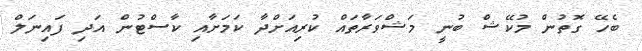
ބެހޭ ގޮތުން މުކޭޝް ބުނީ މަޝްވަރާތައް ކުރިއަށްދާ ކަމަށާއި ކާސްޓުން އަދި ފައިނަލް